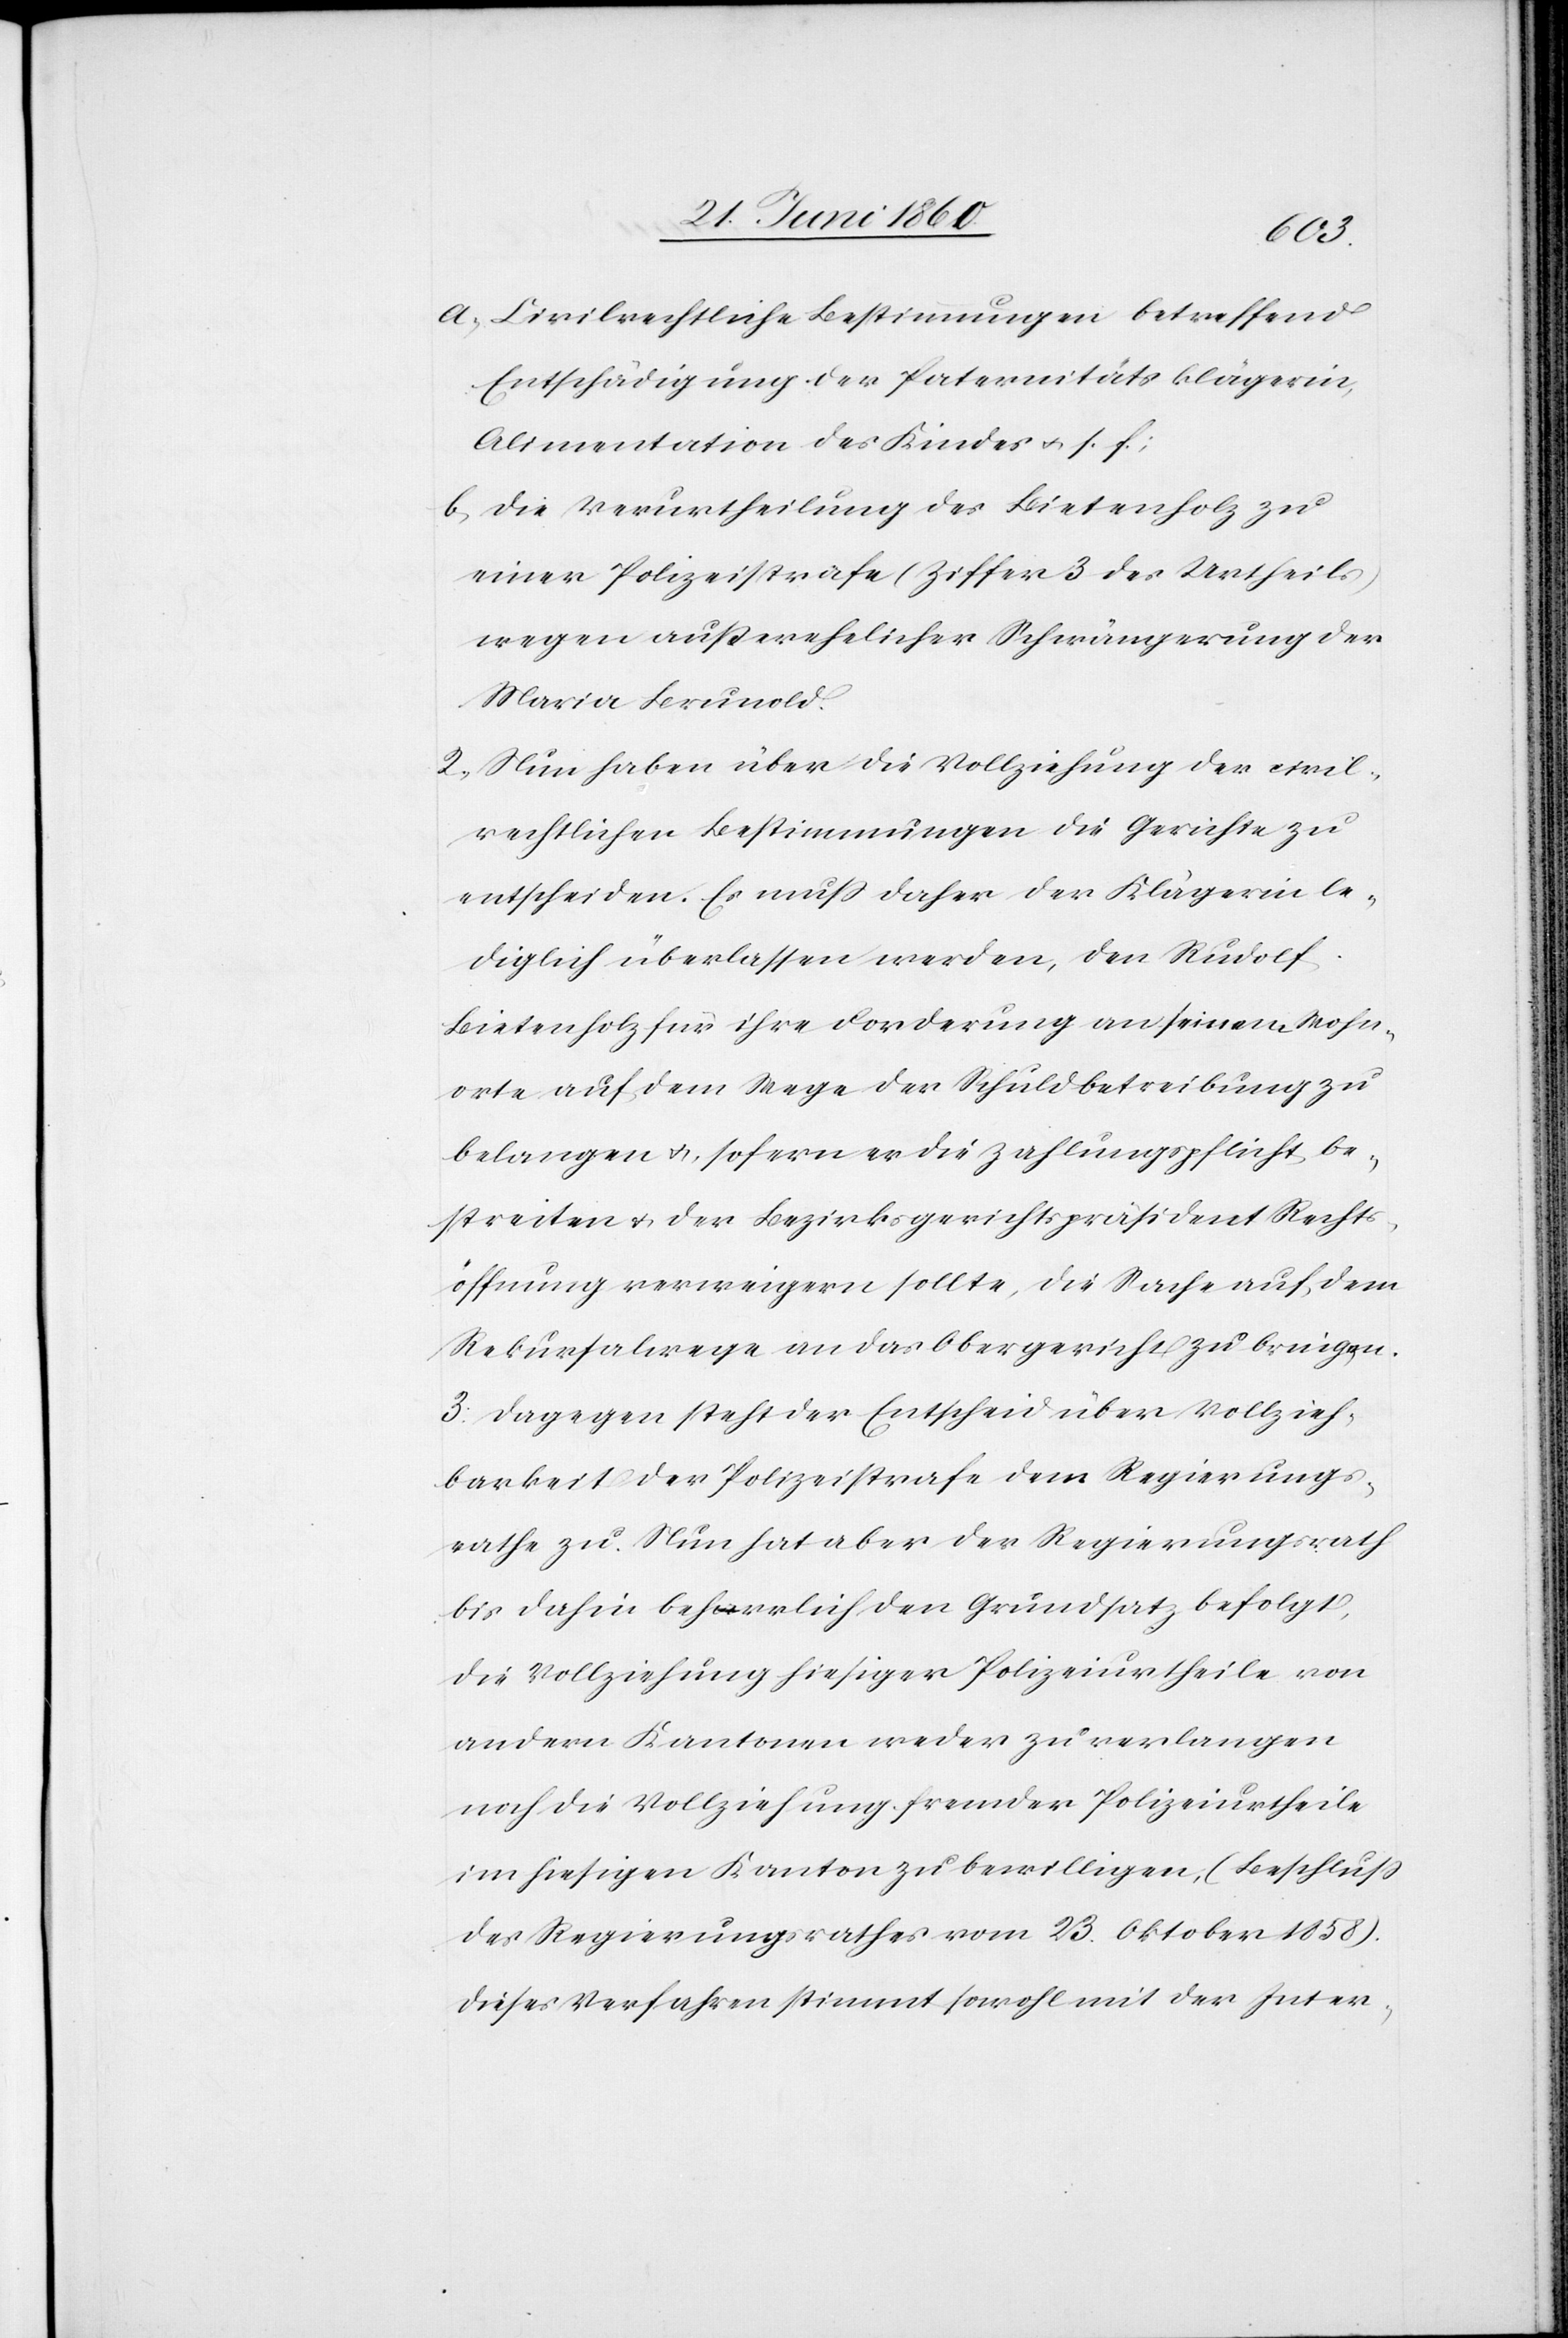
a. Civilrechtliche Bestimmungen betreffend
Entschädigung der Paternitätsklägerin,
Alimentation des Kindes u. s. f;
b. Die Verurtheilung des Bietenholz zu
einer Polizeistrafe (Ziffer 3 des Urtheils)
wegen außerehelicher Schwängerung der
Maria Brunold.
2. Nun haben über die Vollziehung der civil¬
rechtlichen Bestimmungen die Gerichte zu
entscheiden, Es muss daher der Klägerin le¬
diglich überlassen werden, den Rudolf
Bietenholz für ihre Forderung an seinem Wohn¬
orte auf dem Wege der Schuldbetreibung zu
belangen u. sofern er die Zahlungspflicht be¬
streiten u. der Bezirksgerichtspräsident Rechts¬
öffnung verweigern sollte, die Sache auf dem
Rekursalwege an das Obergericht zu bringen.
3. Dagegen steht der Entscheid über Vollzieh¬
barkeit der Polizeistrafe dem Regierungs¬
rathe zu. Nun hat aber der Regierungsrath
bis dahin beharrlich den Grundsatz befolgt,
die Vollziehung hiesiger Polizeiurtheile von
andern Kantonen weder zu verlangen
noch die Vollziehung fremder Polizeiurtheile
im hiesigen Kanton zu bewilligen, (Beschluss
des Regierungsrathes vom 23. Oktober 1858).
Dieses Verfahren stimmt sowohl mit der Inter-